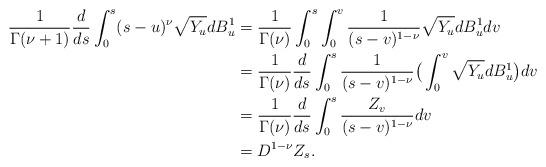
LaTeX: \begin{align*}\frac{1}{\Gamma(\nu+1)}\frac{d}{ds}\int_0^s (s-u)^\nu \sqrt{Y_u} dB^1_u&= \frac{1}{\Gamma(\nu)}\int_0^s\int_0^v \frac{1}{(s-v)^{1-\nu}} \sqrt{Y_u} dB^1_udv\\&=\frac{1}{\Gamma(\nu)}\frac{d}{ds}\int_0^s \frac{1}{(s-v)^{1-\nu}} \big(\int_0^v\sqrt{Y_u} dB^1_u\big)dv\\&= \frac{1}{\Gamma(\nu)}\frac{d}{ds}\int_0^s \frac{Z_v}{(s-v)^{1-\nu}}dv\\&=D^{1-\nu} Z_s.\end{align*}